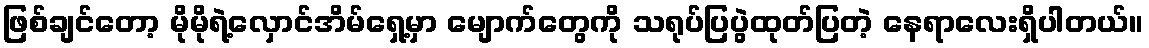
ဖြစ်ချင်တော့ မိုမိုရဲ့လှောင်အိမ်ရှေ့မှာ မျောက်တွေကို သရုပ်ပြပွဲထုတ်ပြတဲ့ နေရာလေးရှိပါတယ်။